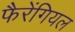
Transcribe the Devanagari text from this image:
फैरेंगियल